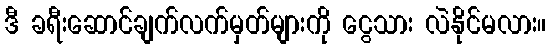
ဒီ ခရီးဆောင်ချက်လက်မှတ်များကို ငွေသား လဲနိုင်မလား။